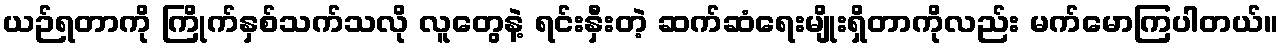
ယဉ်ရတာကို ကြိုက်နှစ်သက်သလို လူတွေနဲ့ ရင်းနှီးတဲ့ ဆက်ဆံရေးမျိုးရှိတာကိုလည်း မက်မောကြပါတယ်။